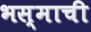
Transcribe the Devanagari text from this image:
भस्माची